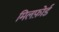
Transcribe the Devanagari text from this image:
मिलफ़ोर्ड